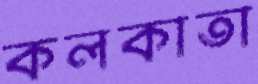
কলকাতা